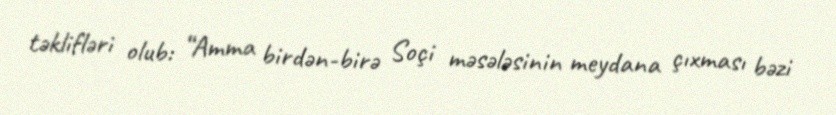
təklifləri olub: “Amma birdən-birə Soçi məsələsinin meydana çıxması bəzi